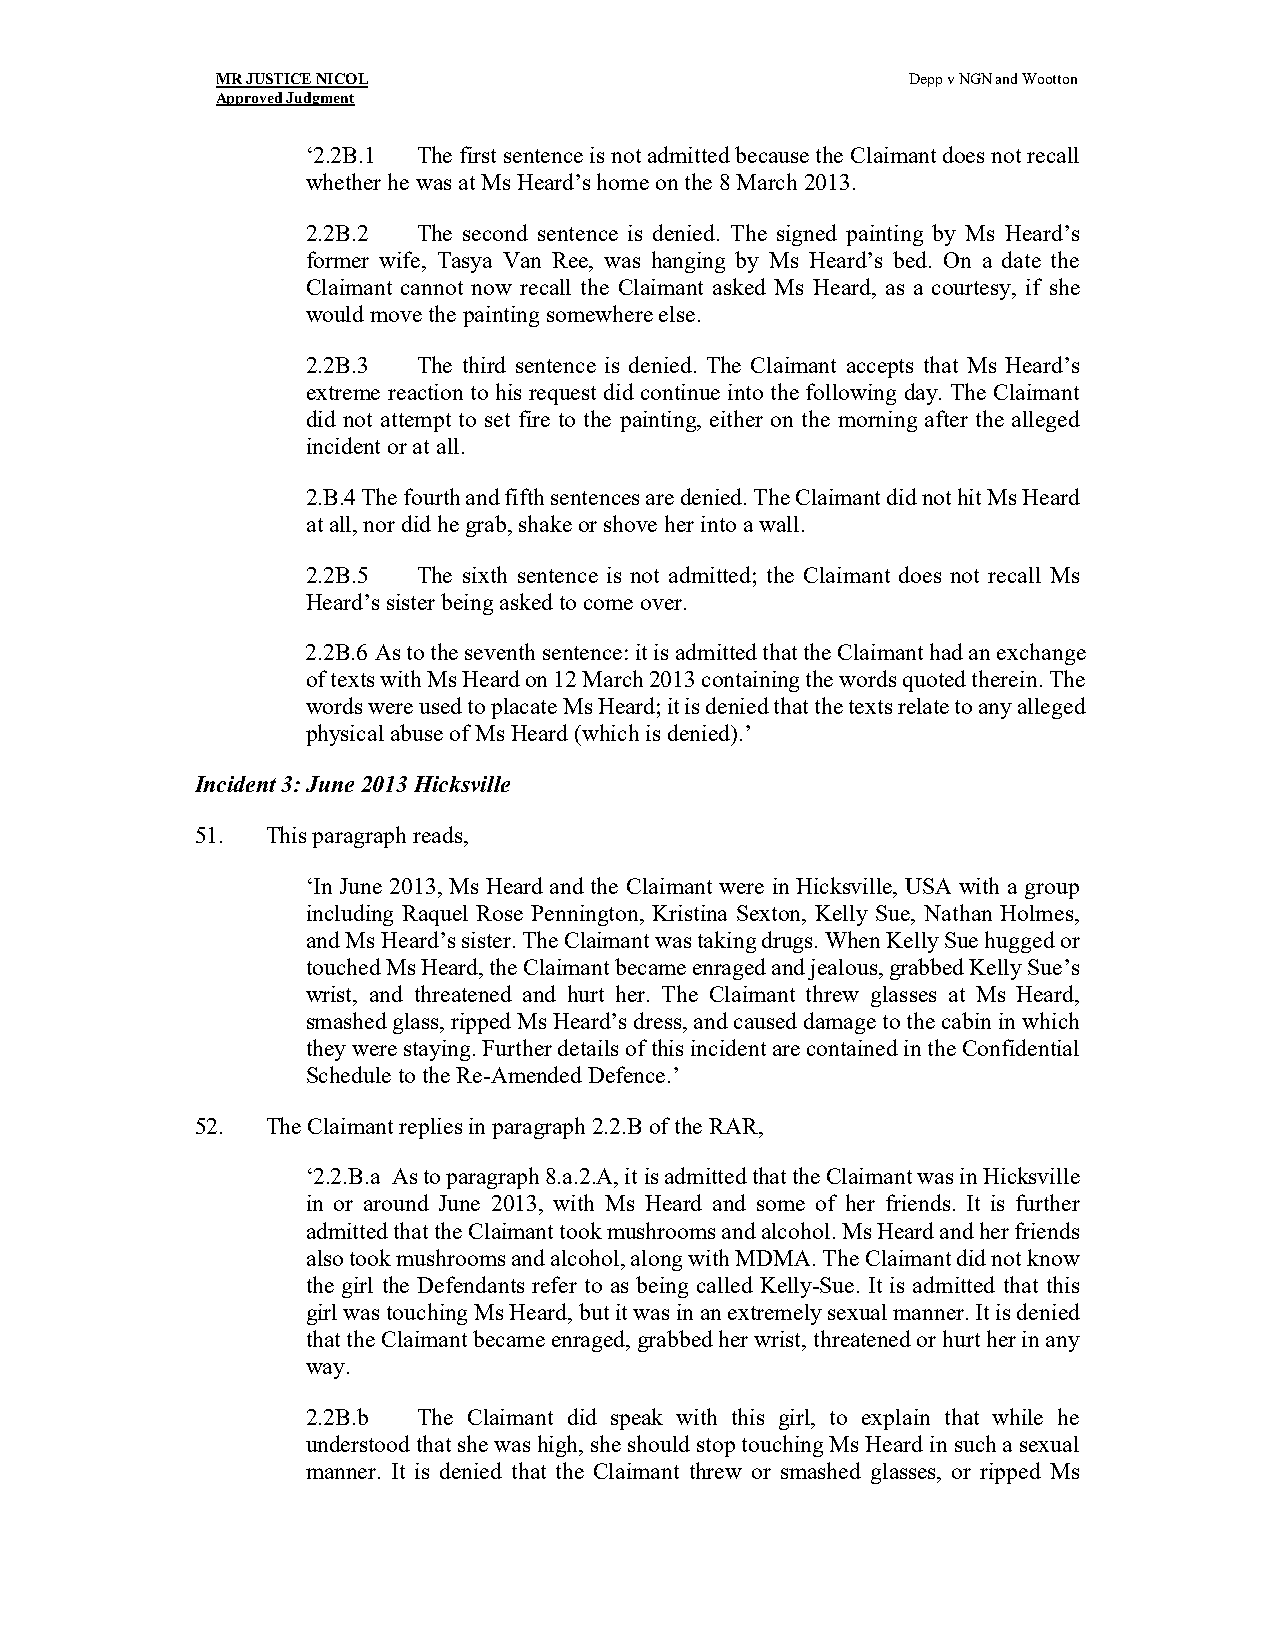
MR JUSTICE NICOL                              Depp v NGN and Wootton
 Approved Judgment
 ‘2.2B.1 The first sentence is not admitted because the Claimant does not recall
 whether he was at Ms Heard’s home on the 8 March 2013.
 2.2B.2  The second sentence is denied. The signed painting by Ms Heard’s
 former wife, Tasya Van Ree, was hanging by Ms Heard’s bed. On a date the
 Claimant cannot now recall the Claimant asked Ms Heard, as a courtesy, if she
 would move the painting somewhere else.
 2.2B.3  The third sentence is denied. The Claimant accepts that Ms Heard’s
 extreme reaction to his request did continue into the following day. The Claimant
 did not attempt to set fire to the painting, either on the morning after the alleged
 incident or at all.
 2.B.4 The fourth and fifth sentences are denied. The Claimant did not hit Ms Heard
 at all, nor did he grab, shake or shove her into a wall.
 2.2B.5  The sixth sentence is not admitted; the Claimant does not recall Ms
 Heard’s sister being asked to come over.
 2.2B.6 As to the seventh sentence: it is admitted that the Claimant had an exchange
 of texts with Ms Heard on 12 March 2013 containing the words quoted therein. The
 words were used to placate Ms Heard; it is denied that the texts relate to any alleged
 physical abuse of Ms Heard (which is denied).’
 Incident 3: June 2013 Hicksville
 51.  This paragraph reads,
 ‘In June 2013, Ms Heard and the Claimant were in Hicksville, USA with a group
 including Raquel Rose Pennington, Kristina Sexton, Kelly Sue, Nathan Holmes,
 and Ms Heard’s sister. The Claimant was taking drugs. When Kelly Sue hugged or
 touched Ms Heard, the Claimant became enraged and jealous, grabbed Kelly Sue’s
 wrist, and threatened and hurt her. The Claimant threw glasses at Ms Heard,
 smashed glass, ripped Ms Heard’s dress, and caused damage to the cabin in which
 they were staying. Further details of this incident are contained in the Confidential
 Schedule to the Re-Amended Defence.’
 52.  The Claimant replies in paragraph 2.2.B of the RAR,
 ‘2.2.B.a As to paragraph 8.a.2.A, it is admitted that the Claimant was in Hicksville
 in or around June 2013, with Ms Heard and some of her friends. It is further
 admitted that the Claimant took mushrooms and alcohol. Ms Heard and her friends
 also took mushrooms and alcohol, along with MDMA. The Claimant did not know
 the girl the Defendants refer to as being called Kelly-Sue. It is admitted that this
 girl was touching Ms Heard, but it was in an extremely sexual manner. It is denied
 that the Claimant became enraged, grabbed her wrist, threatened or hurt her in any
 way.
 2.2B.b  The Claimant did speak with this girl, to explain that while he
 understood that she was high, she should stop touching Ms Heard in such a sexual
 manner. It is denied that the Claimant threw or smashed glasses, or ripped Ms